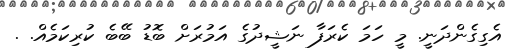
އެގިގެންދަނީ. މީ ހަމަ ކެރަފާ ނަޝީދުގެ އަމުރަށް ބޮޑު ބޭބެ ކުރިކަމެއް. .